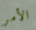
الأمر